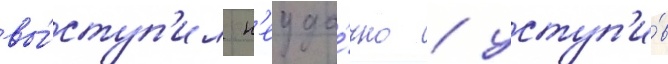
вы́ступ'ил н'еуда́чно / уступ'и́в